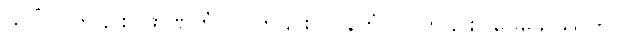
သပ္ပိံဝါ၊ ကို၎င်း။ ဖာဏိတံ ဝါ၊ ကို၎င်း။ ပါနကံ ဝါ၊ ကို၎င်း။ ပေသေဿတိ၊